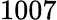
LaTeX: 1007